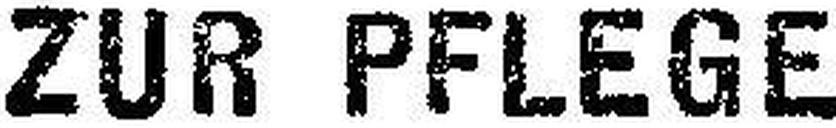
ZUR PFLEGE